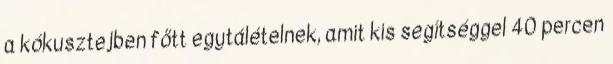
a kókusztejben főtt egytálételnek, amit kis segítséggel 40 percen